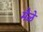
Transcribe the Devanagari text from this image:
मैळे